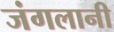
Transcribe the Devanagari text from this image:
जंगलानी